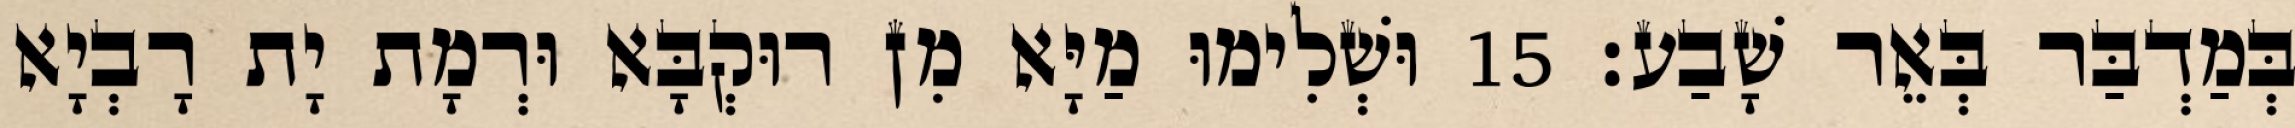
בְּמַדְבַּר בְּאֵר שָׁבַע׃ 15 וּשְׁלִימוּ מַיָּא מִן רוּקְבָּא וּרְמָת יָת רָבְיָא